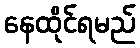
နေထိုင်ရမည်